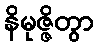
နိမုဇ္ဇိတွာ